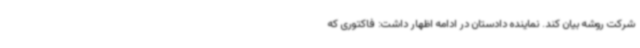
شرکت روشه بیان کند. نماینده دادستان در ادامه اظهار داشت: فاکتوری که